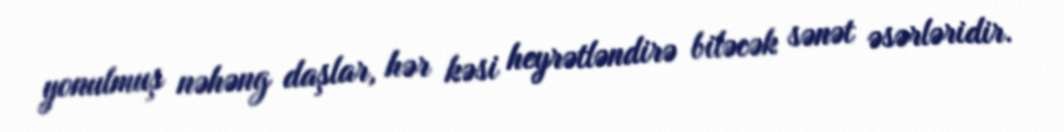
yonulmuş nəhəng daşlar, hər kəsi heyrətləndirə biləcək sənət əsərləridir.